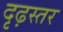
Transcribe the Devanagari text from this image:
दृढ़स्तर